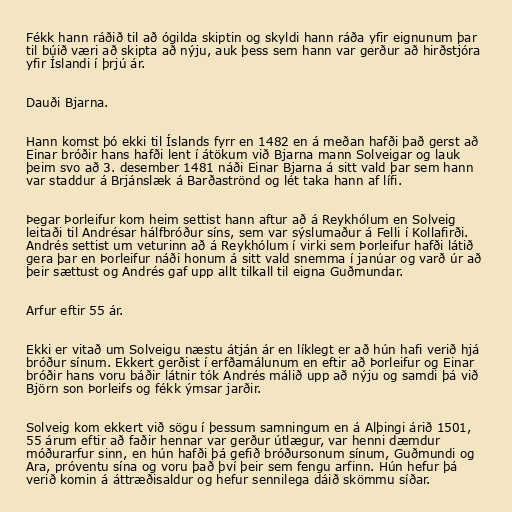
Fékk hann ráðið til að ógilda skiptin og skyldi hann ráða yfir eignunum þar
til búið væri að skipta að nýju, auk þess sem hann var gerður að hirðstjóra
yfir Íslandi í þrjú ár.

Dauði Bjarna.

Hann komst þó ekki til Íslands fyrr en 1482 en á meðan hafði það gerst að
Einar bróðir hans hafði lent í átökum við Bjarna mann Solveigar og lauk
þeim svo að 3. desember 1481 náði Einar Bjarna á sitt vald þar sem hann
var staddur á Brjánslæk á Barðaströnd og lét taka hann af lífi.

Þegar Þorleifur kom heim settist hann aftur að á Reykhólum en Solveig
leitaði til Andrésar hálfbróður síns, sem var sýslumaður á Felli í Kollafirði.
Andrés settist um veturinn að á Reykhólum í virki sem Þorleifur hafði látið
gera þar en Þorleifur náði honum á sitt vald snemma í janúar og varð úr að
þeir sættust og Andrés gaf upp allt tilkall til eigna Guðmundar.

Arfur eftir 55 ár.

Ekki er vitað um Solveigu næstu átján ár en líklegt er að hún hafi verið hjá
bróður sínum. Ekkert gerðist í erfðamálunum en eftir að Þorleifur og Einar
bróðir hans voru báðir látnir tók Andrés málið upp að nýju og samdi þá við
Björn son Þorleifs og fékk ýmsar jarðir.

Solveig kom ekkert við sögu í þessum samningum en á Alþingi árið 1501,
55 árum eftir að faðir hennar var gerður útlægur, var henni dæmdur
móðurarfur sinn, en hún hafði þá gefið bróðursonum sínum, Guðmundi og
Ara, próventu sína og voru það því þeir sem fengu arfinn. Hún hefur þá
verið komin á áttræðisaldur og hefur sennilega dáið skömmu síðar.